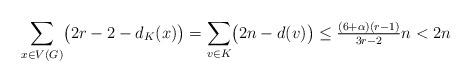
LaTeX: \begin{align*}\sum_{x\in V(G)}\bigl(2r-2-d_K(x)\bigr)=\sum_{v\in K}\bigl(2n-d(v)\bigr)\le \tfrac{(6+\alpha)(r-1)}{3r-2}n<2n\end{align*}